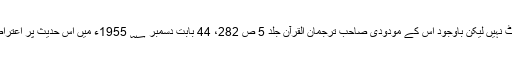
دراصل جھوٹ نہیں لیکن باوجود اس کے مودودی صاحب ترجمان القرآن جلد 5 ص 282، 44 بابت دسمبر ؁ 1955ء میں اس حدیث پر اعتراض کرتےہیں۔